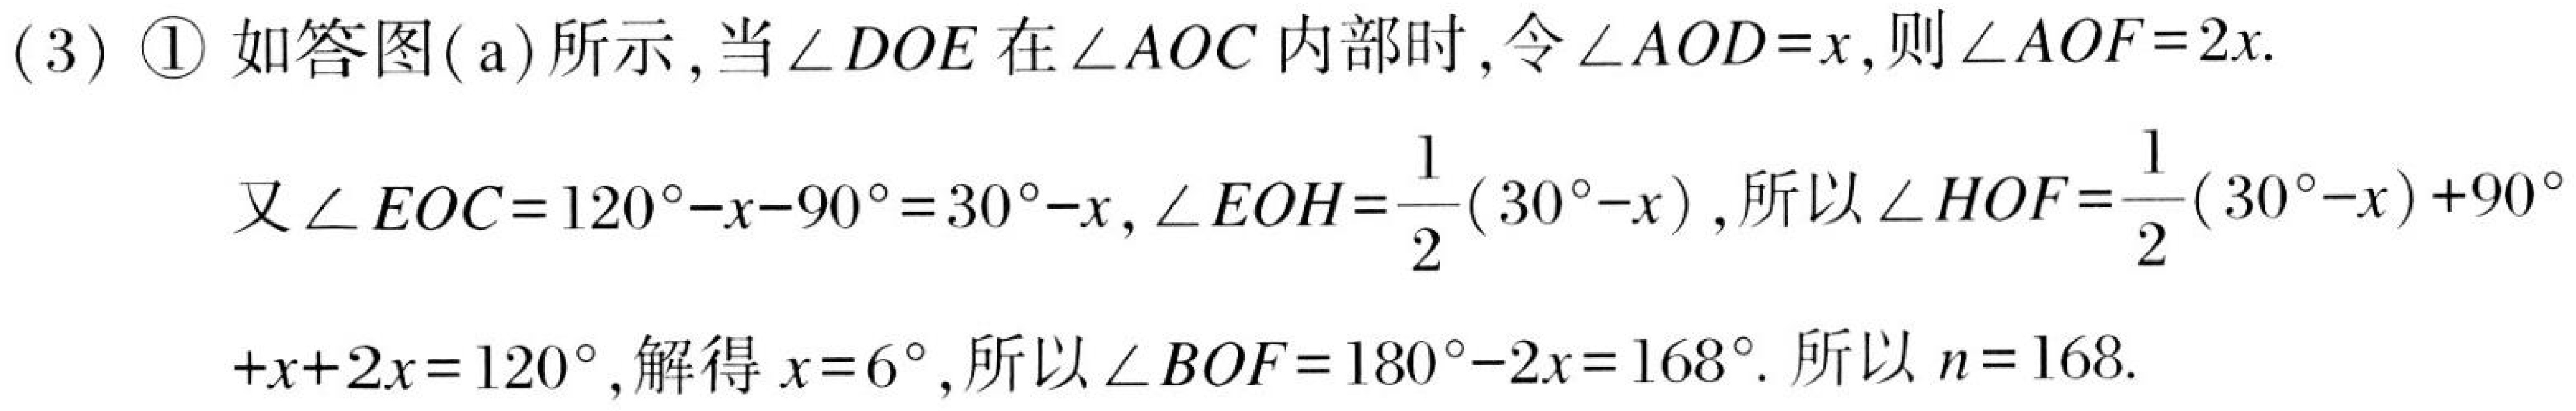
(3) \textcircled{1} 如答图( a)所示, 当\(\angle DOE\)在\(\angle AOC\)内部时, 令\(\angle AOD = x\), 则\(\angle AOF = 2x\).
又\(\angle EOC = 120^{\circ}-x - 90^{\circ}=30^{\circ}-x\), \(\angle EOH=\frac{1}{2}(30^{\circ}-x)\), 所以\(\angle HOF=\frac{1}{2}(30^{\circ}-x)+90^{\circ}\)
\(+x + 2x=120^{\circ}\), 解得\(x = 6^{\circ}\), 所以\(\angle BOF = 180^{\circ}-2x = 168^{\circ}\). 所以\(n = 168\).